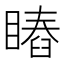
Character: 𥊎